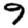
Digit: 9